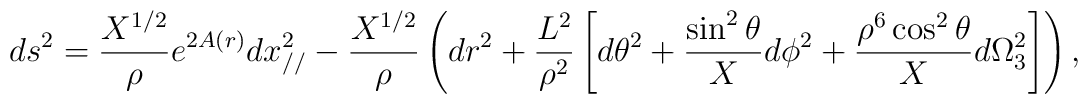
ds^2=\frac{X^{1/2}}{\rho}e^{2A(r)} dx_{//}^2 - \frac{X^{1/2}}{\rho}\left(dr^2+\frac{L^2}{\rho^2}\left[d\theta^2+\frac{\sin^2\theta}{X}d\phi^2+\frac{\rho^6\cos^2\theta}{X}d\Omega^2_3\right] \right),